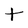
Character: t